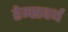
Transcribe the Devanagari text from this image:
हेम्सवर्थ